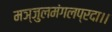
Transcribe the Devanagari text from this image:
मञ्जुलमंगलप्रदा।।